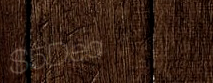
$5Deal